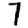
Digit: 7